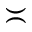
\asymp